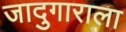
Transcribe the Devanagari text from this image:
जादुगाराला